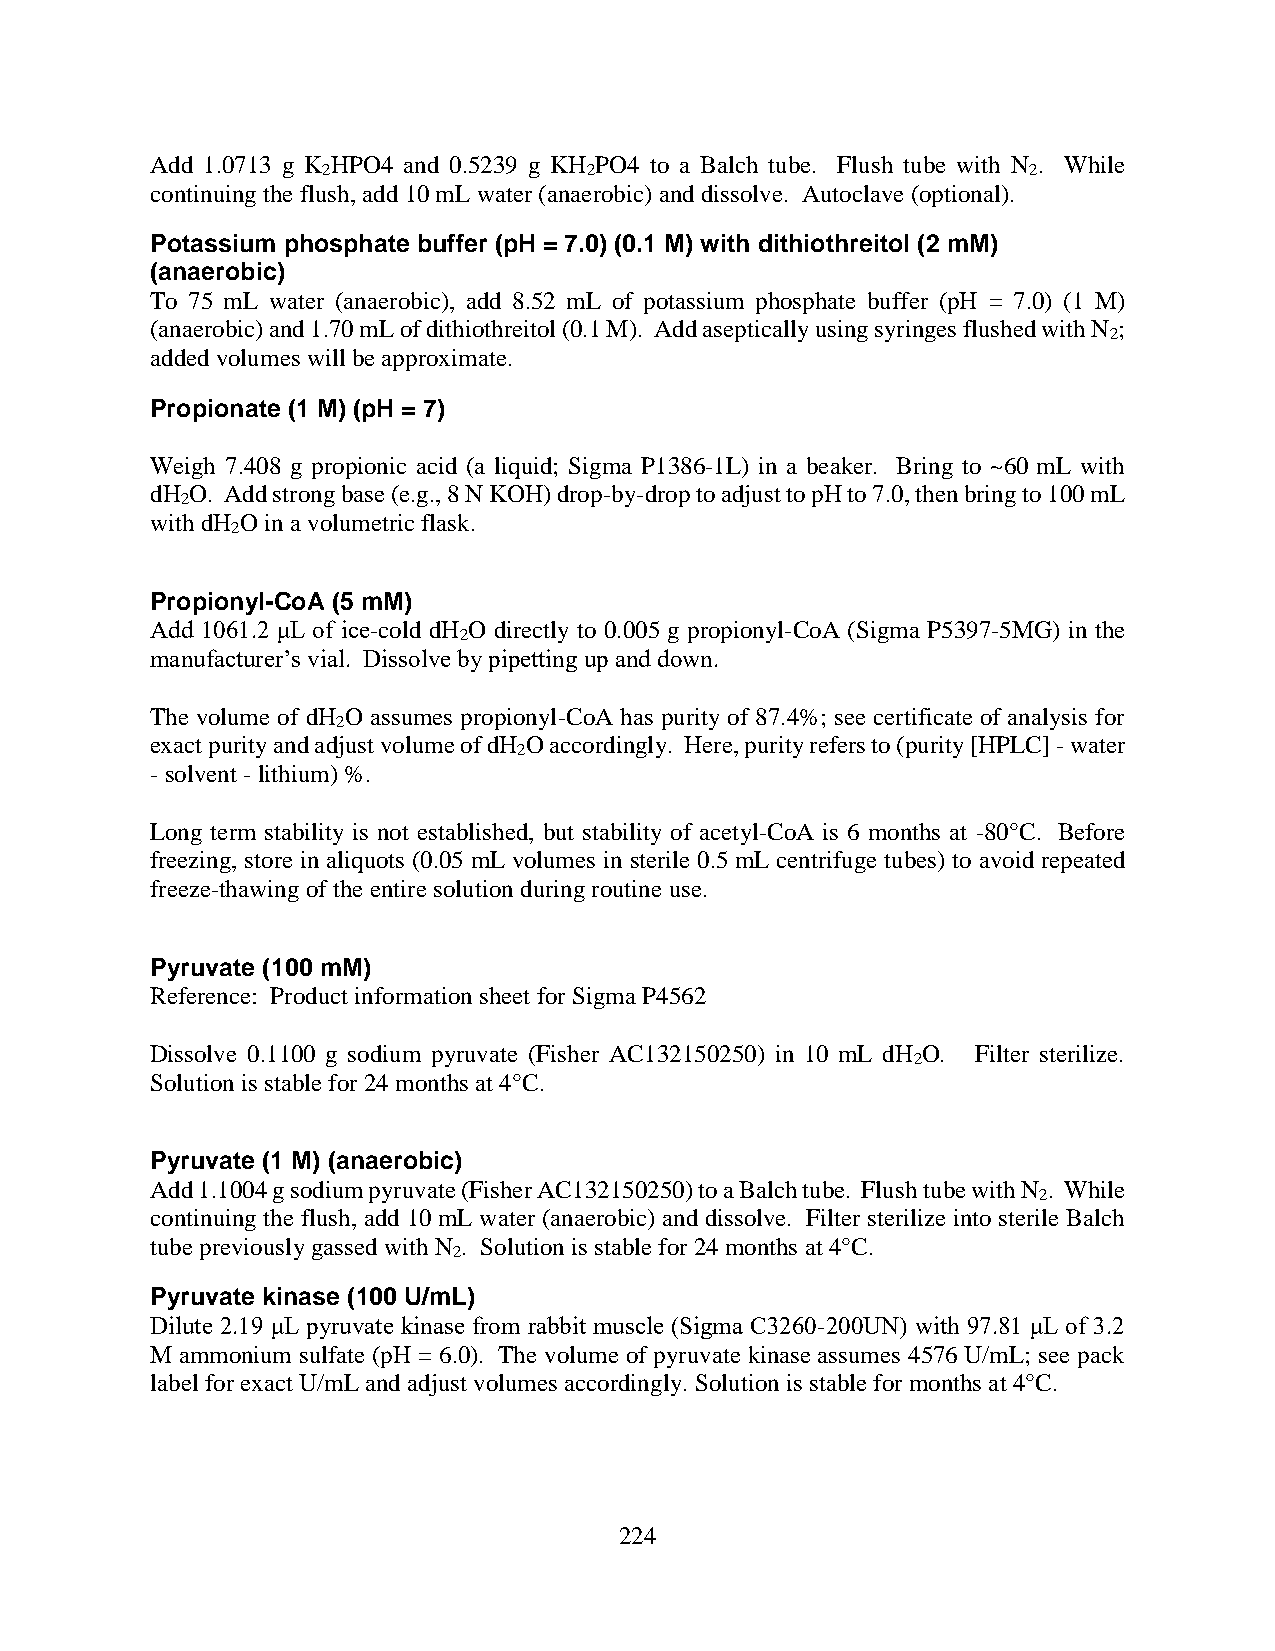
Add 1.0713 g K HPO4 and 0.5239 g KH PO4 to a Balch tube. Flush tube with N . While
 2                 2                            2
 continuing the flush, add 10 mL water (anaerobic) and dissolve. Autoclave (optional).
 Potassium phosphate buffer (pH = 7.0) (0.1 M) with dithiothreitol (2 mM)
 (anaerobic)
 To 75 mL water (anaerobic), add 8.52 mL of potassium phosphate buffer (pH = 7.0) (1 M)
 (anaerobic) and 1.70 mL of dithiothreitol (0.1 M). Add aseptically using syringes flushed with N ;
 2
 added volumes will be approximate.
 Propionate (1 M) (pH = 7)
 Weigh 7.408 g propionic acid (a liquid; Sigma P1386-1L) in a beaker. Bring to ~60 mL with
 dH O. Add strong base (e.g., 8 N KOH) drop-by-drop to adjust to pH to 7.0, then bring to 100 mL
 2
 with dH O in a volumetric flask.
 2
 Propionyl-CoA (5 mM)
 Add 1061.2 μL of ice-cold dH O directly to 0.005 g propionyl-CoA (Sigma P5397-5MG) in the
 2
 manufacturer’s vial. Dissolve by pipetting up and down.
 The volume of dH O assumes propionyl-CoA has purity of 87.4%; see certificate of analysis for
 2
 exact purity and adjust volume of dH O accordingly. Here, purity refers to (purity [HPLC] - water
 2
 - solvent - lithium) %.
 Long term stability is not established, but stability of acetyl-CoA is 6 months at -80°C. Before
 freezing, store in aliquots (0.05 mL volumes in sterile 0.5 mL centrifuge tubes) to avoid repeated
 freeze-thawing of the entire solution during routine use.
 Pyruvate (100 mM)
 Reference: Product information sheet for Sigma P4562
 Dissolve 0.1100 g sodium pyruvate (Fisher AC132150250) in 10 mL dH O. Filter sterilize.
 2
 Solution is stable for 24 months at 4°C.
 Pyruvate (1 M) (anaerobic)
 Add 1.1004 g sodium pyruvate (Fisher AC132150250) to a Balch tube. Flush tube with N . While
 2
 continuing the flush, add 10 mL water (anaerobic) and dissolve. Filter sterilize into sterile Balch
 tube previously gassed with N . Solution is stable for 24 months at 4°C.
 2
 Pyruvate kinase (100 U/mL)
 Dilute 2.19 μL pyruvate kinase from rabbit muscle (Sigma C3260-200UN) with 97.81 μL of 3.2
 M ammonium sulfate (pH = 6.0). The volume of pyruvate kinase assumes 4576 U/mL; see pack
 label for exact U/mL and adjust volumes accordingly. Solution is stable for months at 4°C.
 224